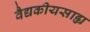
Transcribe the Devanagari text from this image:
वैद्यकीयसाह्य